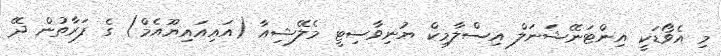
މި އެވޯޑަކީ އިންޓަނޭޝަނަލް އިސްލާމިކް ޔުނިވާސިޓީ މެލޭޝިއާ (އައިއައިޔޫއެމް) ގެ ފަރާތުން ދޭ